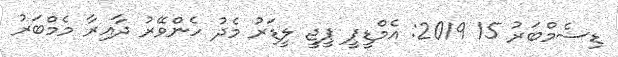
ޑިސެމްބަރު 15 2019: އެމްޑީޕީ ޕީޖީ ލީޑަރު މެދު ހެންވޭރު ދާއިރާ މެމްބަރު